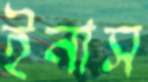
ইনাস